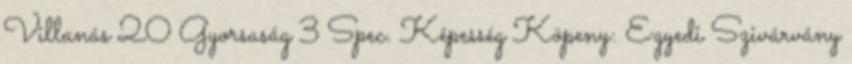
Villanás 20 Gyorsaság 3 Spec. Képesség Köpeny: Egyedi Szivárvány